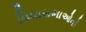
વિધાસભાઓની